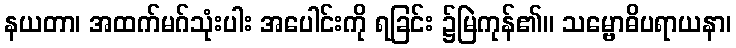
နယတာ၊ အထက်မဂ်သုံးပါး အပေါင်းကို ရခြင်း ၌မြဲကုန်၏။ သမ္ဗောဓိပရာယနာ၊